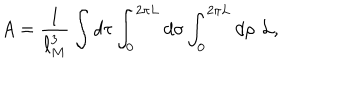
LaTeX: A = { \frac { 1 } { \ell _ { M } ^ { 3 } } } \int d \tau \int _ { 0 } ^ { 2 \pi L } d \sigma \int _ { 0 } ^ { 2 \pi L } d \rho \, \, { \cal L } ,